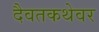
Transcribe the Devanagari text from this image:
दैवतकथेवर